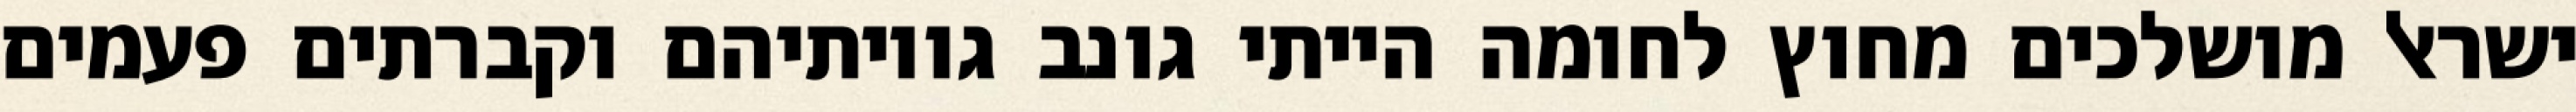
ישראל מושלכים מחוץ לחומה הייתי גונב גויותיהם וקברתים פעמים